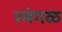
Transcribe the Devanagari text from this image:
२मंगळ